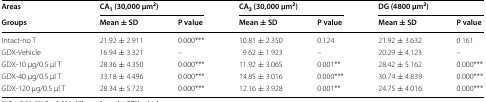
| Areas | <COLSPAN=2> CA1 (30,000 μm2) | <COLSPAN=2> CA3 (30,000 μm2) | <COLSPAN=2> DG (4800 μm2) |
 | Groups | Mean ± SD | P value | Mean ± SD | P value | Mean ± SD | P value |
 | --- | --- | --- | --- | --- | --- | --- |
 | Intact-no T | 21.92 ± 2.911 | 0.000*** | 10.81 ± 2.350 | 0.124 | 21.92 ± 3.632 | 0.161 |
 | GDX-Vehicle | 16.94 ± 3.321 | – | 9.62 ± 1.923 | – | 20.29 ± 4.123 | – |
 | GDX-10 μg/0.5 μl T | 28.36 ± 4.350 | 0.000*** | 11.92 ± 3.065 | 0.001** | 28.42 ± 5.162 | 0.000*** |
 | GDX-40 μg/0.5 μl T | 33.18 ± 4.496 | 0.000*** | 14.85 ± 3.016 | 0.000*** | 30.74 ± 4.839 | 0.000*** |
 | GDX-120 μg/0.5 μl T | 28.34 ± 5.723 | 0.000*** | 12.16 ± 3.928 | 0.001** | 24.75 ± 4.016 | 0.000*** |